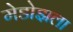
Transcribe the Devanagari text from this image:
मेडोझला